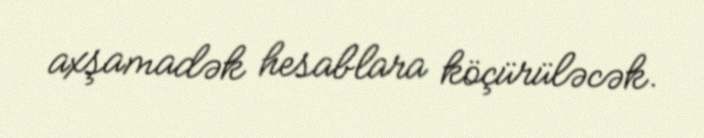
axşamadək hesablara köçürüləcək.